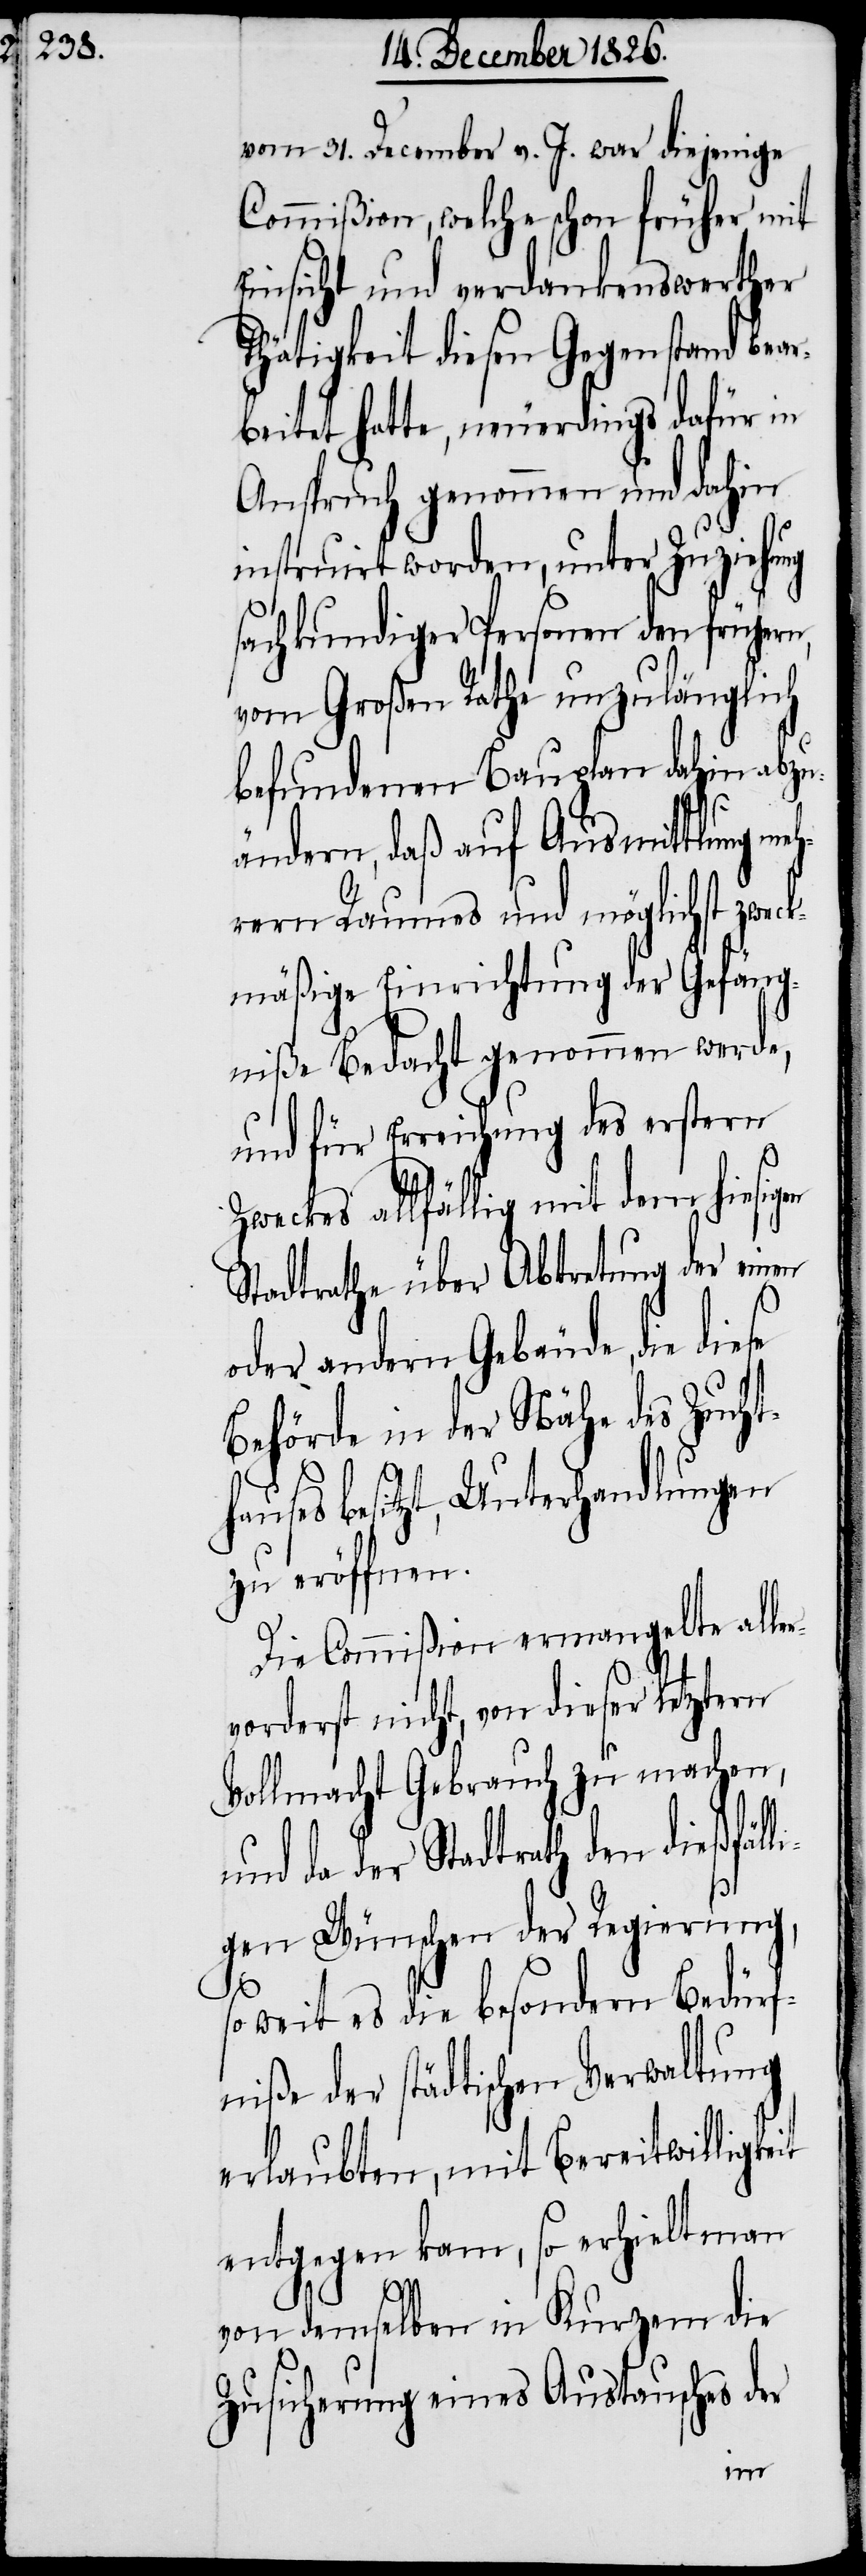
l¬

vom 31. December v. J. war diejenige
Commißion, welche schon früher mit
Einsicht und verdankenswerther
Thätigkeit diesen Gegenstand bear¬
beitet hatte, neuerdings dafür in
Anspruch genommen und dahin
instruirt worden, unter Zuziehung
sachkundiger Personen den früher,
vom Großen Rathe unzulänglich
befundenen Bauplan dahin abzu¬
ändern, daß auf Ausmittlung me¬
hrern Raumes und möglichst zweck¬
mäßige Einrichtung der Gefäng¬
niße Bedacht genommen werde,
und für Erreichung des erstern
Zweckes allfällig mit dem hiesigen
Stadtrathe über Abtretung der einen
oder andern Gebäude, die diese
Behörde in der Nähe des Zucht¬
hauses besitzt, Unterhandlungen
zu eröffnen.
Die Commißion ermangelte all¬
vorderst nicht, von dieser letztern
Vollmacht Gebrauch zu machen,
und da der Stadtrath den dießfäl¬
igen Wünschen der Regierung,
soweit es die besondern Bedürf¬
niße der städtischen Verwaltung
erlaubten, mit Bereitwilligkeit
entgegen kam, so erhielt man
von demselben in Kurzem die
Zusicherung eines Austausches der
er¬